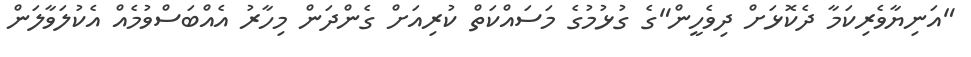
"އަނިޔާވެރިކަމާ ދެކޮޅަށް ދިވެހީން"ގެ ގުޅުމުގެ މަސައްކަތް ކުރިއަށް ގެންދަން މިހާރު އެއްބަސްވުމެއް އެކުލަވާލަން